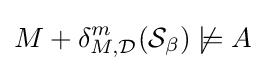
M+\delta _{M,{\mathcal {D}}}^{m}({\mathcal {S}}_{\beta })\not \models A